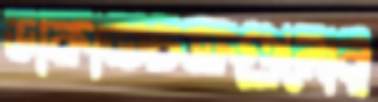
ডাকাতচক্রগুলোর